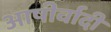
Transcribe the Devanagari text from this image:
आषीर्वादी